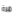
مرة